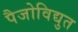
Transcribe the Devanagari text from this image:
पैजोविद्युत